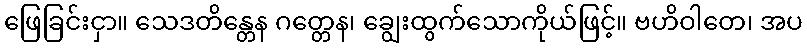
ဖြေခြင်းငှာ။ သေဒတိန္တေန ဂတ္တေန၊ ချွေးထွက်သောကိုယ်ဖြင့်။ ဗဟိဝါတေ၊ အပ